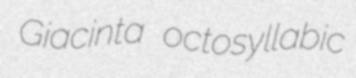
Giacinta octosyllabic